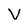
Character: V